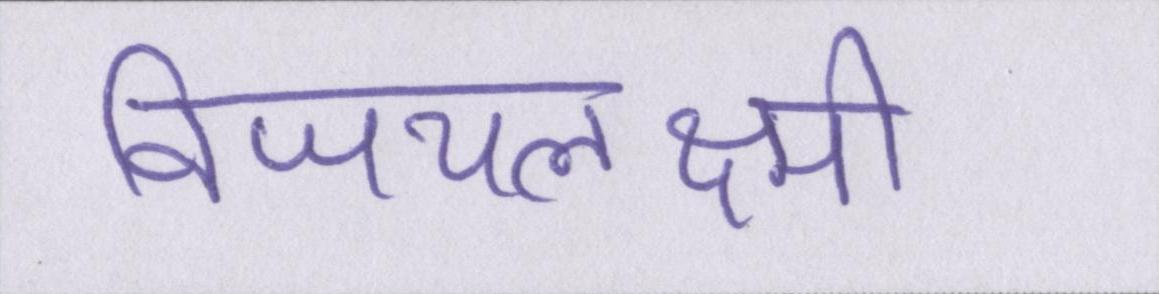
विजयलक्ष्मी